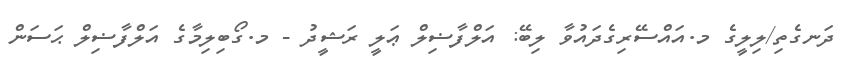
ދަނގެތި/ލިލީގެ މ.އައްސޭރިގެދައުވާ ލިބޭ: އަލްފާޟިލް ޢަލީ ރަޝީދު - މ.ގޯބިލިމާގެ އަލްފާޟިލް ޙަސަން